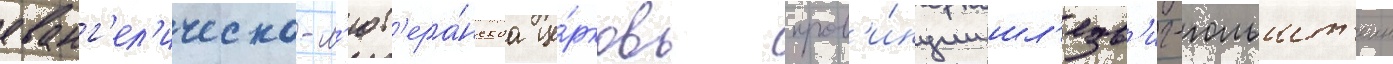
еванг'ел'ическо-л'ют'ера́нскаа це́рковь пров'и́нции шл'езв'иг-гольшт'еин